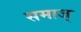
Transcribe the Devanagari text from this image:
समाज्